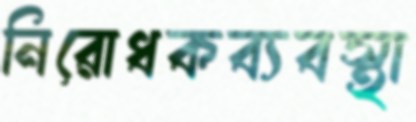
নিরোধকব্যবস্থা